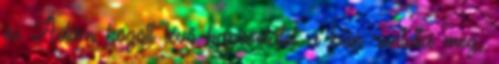
és Ádám között lévő kapcsolatot a bűn rontotta meg,